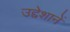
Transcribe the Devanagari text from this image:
उद्देशानें